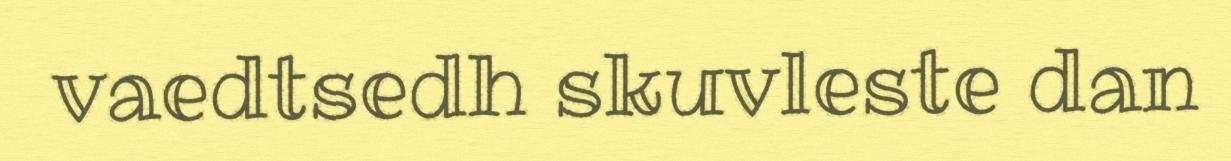
vaedtsedh skuvleste dan